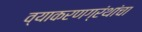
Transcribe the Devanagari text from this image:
व्याकरणग्रंथांचा